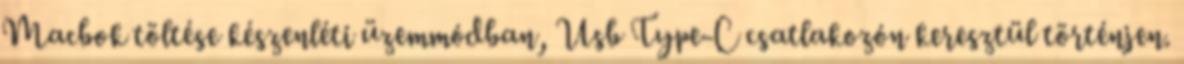
Macbok töltése készenléti üzemmódban, Usb Type-C csatlakozón keresztül történjen.